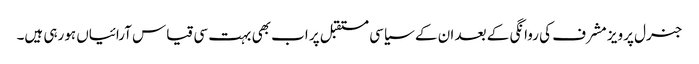
جنرل پرویز مشرف کی روانگی کے بعد ان کے سیاسی مستقبل پر اب بھی بہت سی قیاس آرائیاں ہورہی ہیں۔